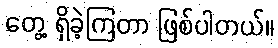
တွေ့ ရှိခဲ့ကြတာ ဖြစ်ပါတယ်။